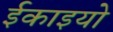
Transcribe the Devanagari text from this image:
ईकाइयो